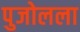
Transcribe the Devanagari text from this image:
पुजोलला